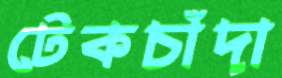
টেকচাঁদা